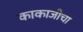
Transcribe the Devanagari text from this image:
काकाजीचा